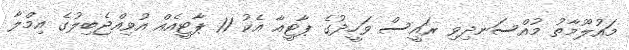
މައުލޫމާތު މުއްސަނދިވި ރައީސް ވަހީދުގެ ޕާޓީއާ އެކު 11 ޕާޓީއެއް އުވިއްޖެބިލުގެ އިމްލާ